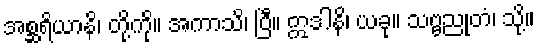
အစ္ဆရိယာနိ၊ တို့ကို။ အကာသိ၊ ပြီ။ ဣဒါနိ၊ ယခု။ သဗ္ဗညုတံ၊ သို့။